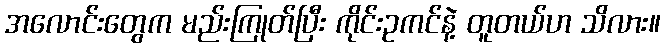
အလောင်းတွေက မည်းကြုတ်ပြီး ကိုင်းဥကင်နဲ့ တူတယ်ဟ သိလား။